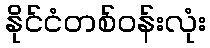
နိုင်ငံတစ်ဝန်းလုံး